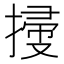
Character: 𢱥